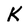
Character: K